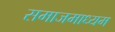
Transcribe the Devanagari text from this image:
समाजमाध्यम